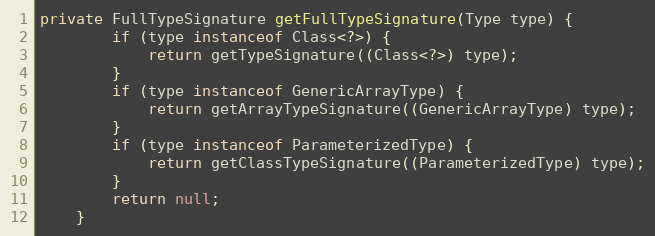
Language: Java
private FullTypeSignature getFullTypeSignature(Type type) {
		if (type instanceof Class<?>) {
			return getTypeSignature((Class<?>) type);
		}
		if (type instanceof GenericArrayType) {
			return getArrayTypeSignature((GenericArrayType) type);
		}
		if (type instanceof ParameterizedType) {
			return getClassTypeSignature((ParameterizedType) type);
		}
		return null;
	}